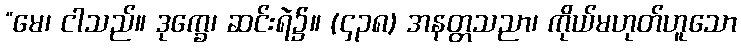
“မေ၊ ငါသည်။ ဒုက္ခေ၊ ဆင်းရဲ၌။ (၄၃၈) အနတ္တသညာ၊ ကိုယ်မဟုတ်ဟူသော